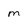
Character: M